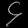
Digit: ၄